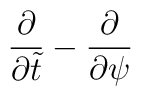
{\partial \over \partial \tilde{t}} -{\partial \over \partial \psi}